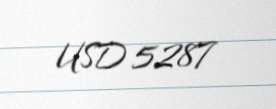
USD 5287